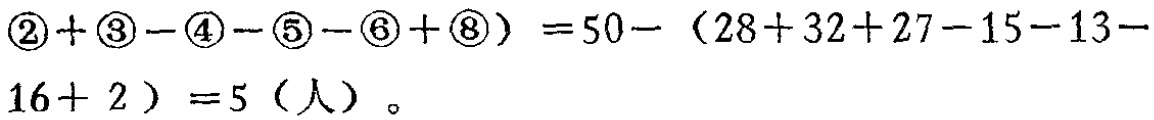
\(\textcircled{2} + \textcircled{3} - \textcircled{4} - \textcircled{5} - \textcircled{6} + \textcircled{8}） = 50 - （28 + 32 + 27 - 15 - 13 - 16 + 2） = 5（人）\)